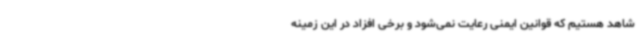
شاهد هستیم که قوانین ایمنی رعایت نمی‌شود و برخی افزاد در این زمینه